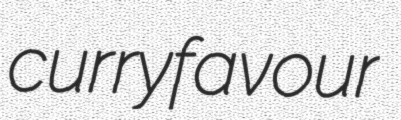
curryfavour